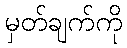
မှတ်ချက်ကို